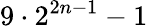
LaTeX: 9\cdot 2^{2n-1}-1